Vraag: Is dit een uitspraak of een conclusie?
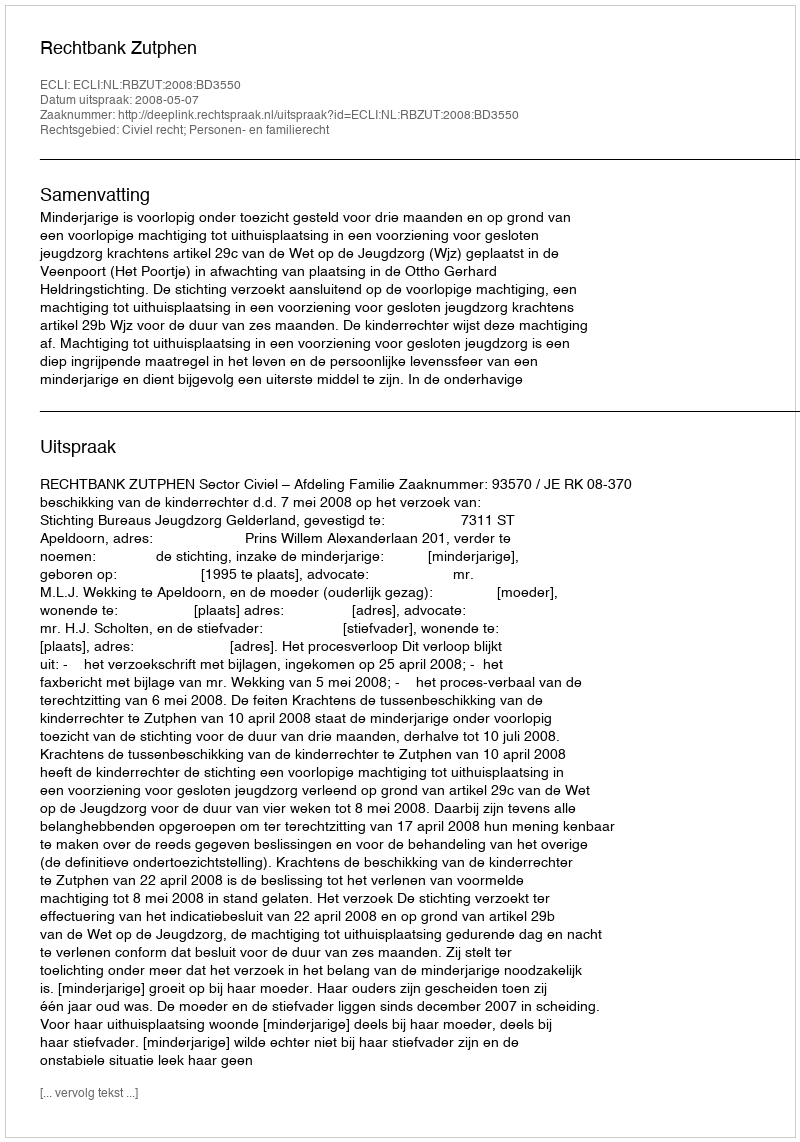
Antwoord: Uitspraak